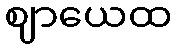
ဈာယေထ